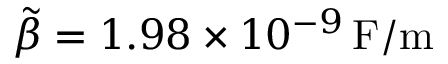
\tilde { \beta } = 1 . 9 8 \times 1 0 ^ { - 9 } \, \mathrm { F / m }